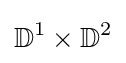
\mathbb {D} ^{1}\times \mathbb {D} ^{2}